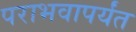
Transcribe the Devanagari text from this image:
पराभवापर्यंत